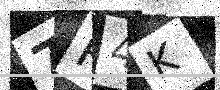
Text: 7P4K